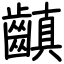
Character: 齻